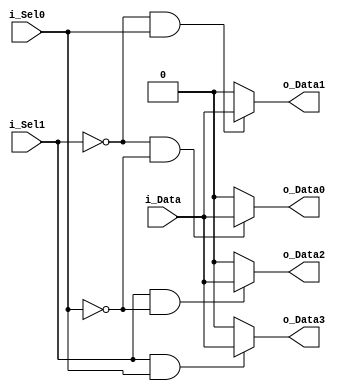
// Implements a 1-4 Demultiplexer.
// In reality, it is unlikely you would put a demux in a dedicated module.

`ifndef Demux_1_To_4_
`define Demux_1_To_4_ 1
module Demux_1_To_4 (
    input  i_Data,
    input  i_Sel1,
    input  i_Sel0,
    output o_Data0,
    output o_Data1,
    output o_Data2,
    output o_Data3
);

  assign o_Data0 = !i_Sel1 & !i_Sel0 ? i_Data : 1'b0;
  assign o_Data1 = !i_Sel1 & i_Sel0 ? i_Data : 1'b0;
  assign o_Data2 = i_Sel1 & !i_Sel0 ? i_Data : 1'b0;
  assign o_Data3 = i_Sel1 & i_Sel0 ? i_Data : 1'b0;

endmodule
`endif